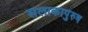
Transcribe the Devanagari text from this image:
सलाकापुरुष